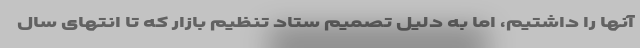
آنها را داشتیم، اما به دلیل تصمیم ستاد تنظیم بازار که تا انتهای سال